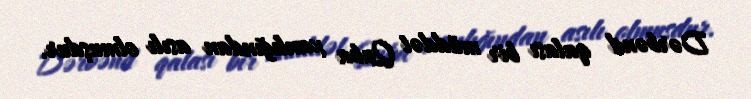
Dərbənd qalası bir müddət Quba xanlığından asılı olmuşdur.